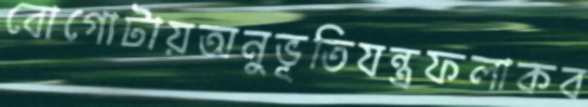
বোগোটায়অনুভূতিযন্ত্রফলাকব